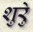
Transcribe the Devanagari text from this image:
शुरेु